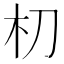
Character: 朷